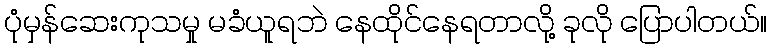
ပုံမှန်ဆေးကုသမှု မခံယူရဘဲ နေထိုင်နေရတာလို့ ခုလို ပြောပါတယ်။